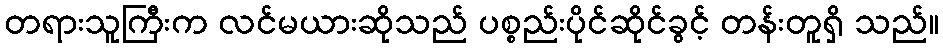
တရားသူကြီးက လင်မယားဆိုသည် ပစ္စည်းပိုင်ဆိုင်ခွင့် တန်းတူရှိ သည်။